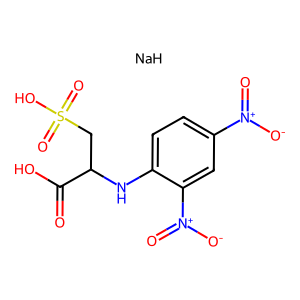
SMILES: O=C(O)C(CS(=O)(=O)O)Nc1ccc([N+](=O)[O-])cc1[N+](=O)[O-].[NaH]
Inhibits HIV replication: No